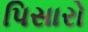
પિસારો